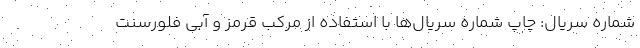
شماره سریال: چاپ شماره سریال‌ها با استفاده از مرکب قرمز و آبی فلورسنت